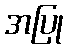
အပြု